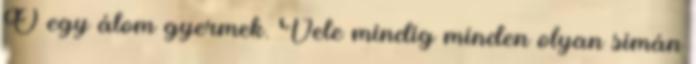
Ő egy álom gyermek. Vele mindig minden olyan simán